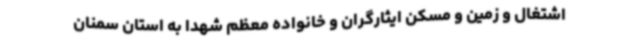
اشتغال و زمین و مسکن ایثارگران و خانواده معظم شهدا به استان سمنان